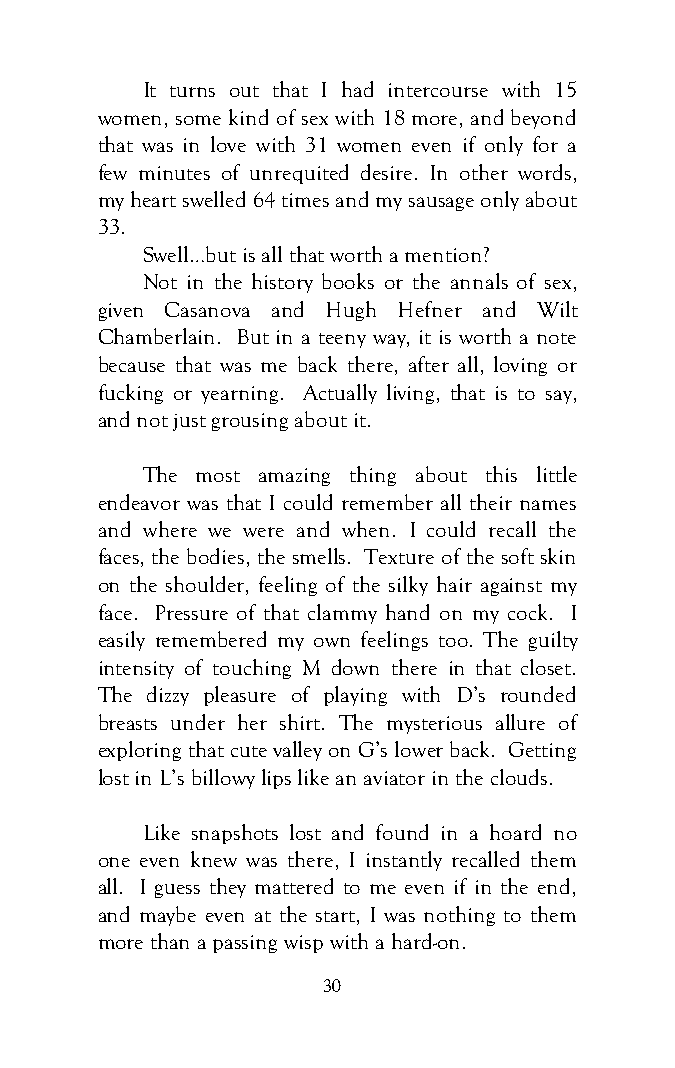
It turns out that I had intercourse with 15
 women, some kind of sex with 18 more, and beyond
 that was in love with 31 women even if only for a
 few minutes of unrequited desire. In other words,
 my heart swelled 64 times and my sausage only about
 33.
 Swell…but is all that worth a mention?
 Not in the history books or the annals of sex,
 given Casanova and Hugh Hefner and Wilt
 Chamberlain. But in a teeny way, it is worth a note
 because that was me back there, after all, loving or
 fucking or yearning. Actually living, that is to say,
 and not just grousing about it.
 The most amazing thing about this little
 endeavor was that I could remember all their names
 and where we were and when. I could recall the
 faces, the bodies, the smells. Texture of the soft skin
 on the shoulder, feeling of the silky hair against my
 face. Pressure of that clammy hand on my cock. I
 easily remembered my own feelings too. The guilty
 intensity of touching M down there in that closet.
 The dizzy pleasure of playing with D’s rounded
 breasts under her shirt. The mysterious allure of
 exploring that cute valley on G’s lower back. Getting
 lost in L’s billowy lips like an aviator in the clouds.
 Like snapshots lost and found in a hoard no
 one even knew was there, I instantly recalled them
 all. I guess they mattered to me even if in the end,
 and maybe even at the start, I was nothing to them
 more than a passing wisp with a hard-on.
 30